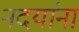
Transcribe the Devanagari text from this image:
नदयांना